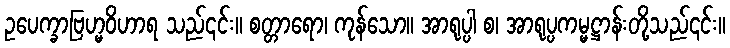
ဥပေက္ခာဗြဟ္မဝိဟာရ သည်၎င်း။ စတ္တာရော၊ ကုန်သော။ အာရုပ္ပါ စ၊ အာရုပ္ပကမ္မဋ္ဌာန်းတို့သည်၎င်း။